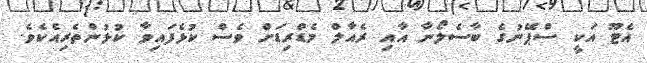
އެޓޫ އަކީ ސްޕޭނުގެ ބާސެލޯނާ އާއި ރެއާލް މެޑްރިޑަށް ވެސް ކުޅެފައިވާ ކުޅުންތެރިއެކެވެ.